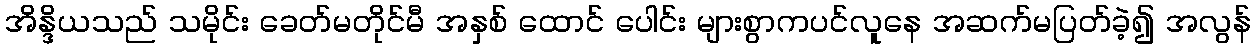
အိန္ဒိယသည် သမိုင်း ခေတ်မတိုင်မီ အနှစ် ထောင် ပေါင်း များစွာကပင်လူနေ အဆက်မပြတ်ခဲ့၍ အလွန်